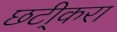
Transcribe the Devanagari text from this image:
छटी्करा